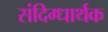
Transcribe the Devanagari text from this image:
संदिग्धार्थक